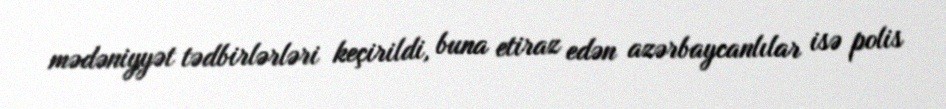
mədəniyyət tədbirlərləri keçirildi, buna etiraz edən azərbaycanlılar isə polis